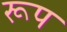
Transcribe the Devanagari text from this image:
रूप